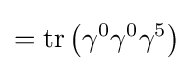
=\operatorname {tr} \left(\gamma ^{0}\gamma ^{0}\gamma ^{5}\right)